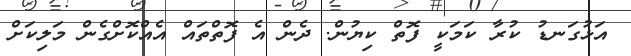
އަޅުގަނޑު ކުރާ ކަމަކީ ފޮތް ކިޔުން. ދެން އެ ފޮތްތައް އެއްކޮށްގެން މަލިކަށް